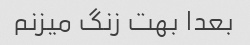
بعدا بهت زنگ میزنم